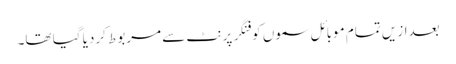
بعدازیں تمام موبائل سموں کو فنگر پرنٹ سے مربوط کردیا گیا تھا۔